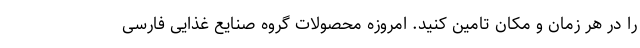
را در هر زمان و مکان تامین کنید. امروزه محصولات گروه صنایع غذایی فارسی